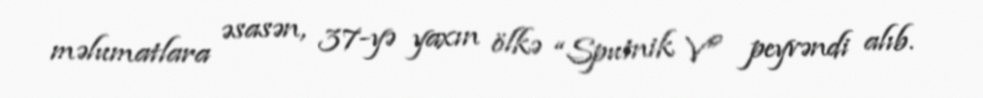
məlumatlara əsasən, 37-yə yaxın ölkə “Sputnik V” peyvəndi alıb.